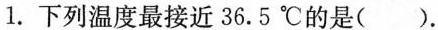
1.下列温度最接近36.5℃的是().